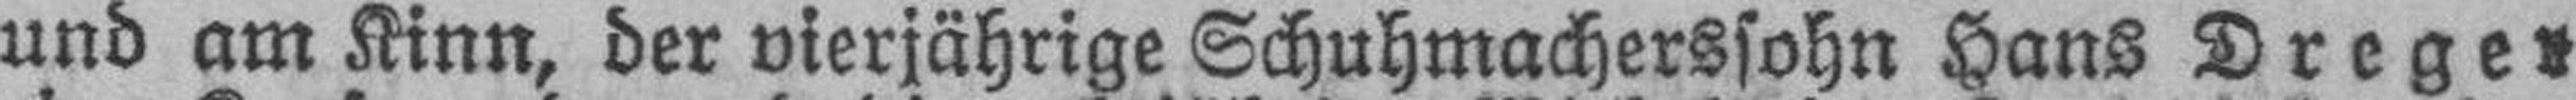
und am Kinn, der vierjährige Schuhmacherssohn Hans Dregen